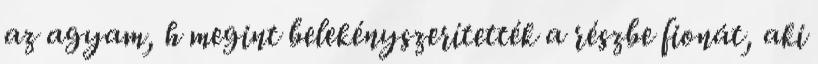
az agyam, h megint belekényszerítették a részbe fionát, aki